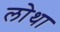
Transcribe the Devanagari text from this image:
लोथा